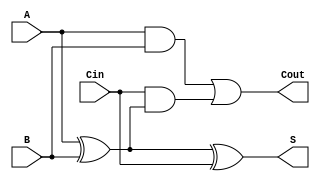
module async_full_adder (
    input wire A,      // First binary input
    input wire B,      // Second binary input
    input wire Cin,    // Carry-in input
    output wire S,     // Sum output
    output wire Cout   // Carry-out output
);

// Intermediate signals
wire A_xor_B;       // Intermediate XOR result of A and B

// Calculate sum (S)
assign A_xor_B = A ^ B;   // A XOR B
assign S = A_xor_B ^ Cin;  // (A XOR B) XOR Cin

// Calculate carry-out (Cout)
assign Cout = (A & B) | (Cin & A_xor_B); // (A AND B) OR (Cin AND (A XOR B))

endmodule